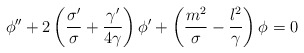
\begin{align*}\phi''+2\left({\sigma' \over \sigma}+{\gamma' \over4\gamma}\right)\phi'+\left({m^2 \over \sigma}-{l^2 \over \gamma}\right)\phi=0\end{align*}